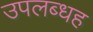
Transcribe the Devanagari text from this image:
उपलब्धह